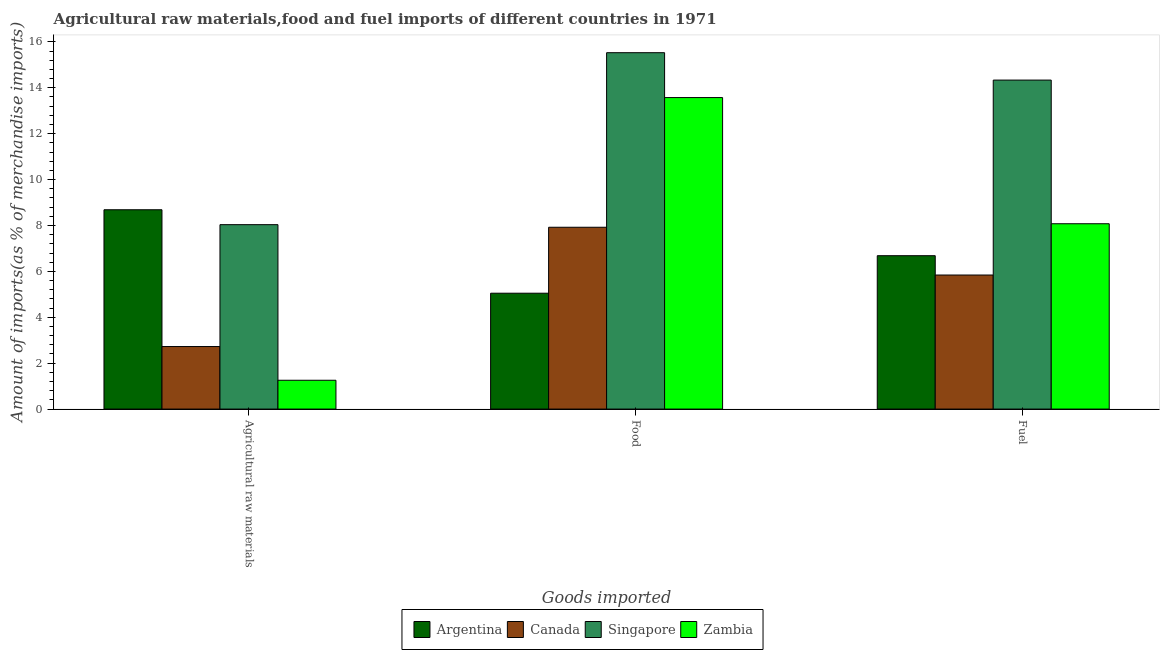
| Goods imported | Argentina | Canada | Singapore | Zambia |
 | --- | --- | --- | --- | --- |
 | Agricultural raw materials | 8.68 | 2.72 | 8.04 | 1.26 |
 | Food | 5.05 | 7.92 | 15.5 | 13.6 |
 | Fuel | 6.68 | 5.84 | 14.3 | 8.07 |